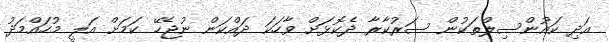
އަދި ކައުންސިލްތަކުން ސަރުކާރާ ދެކޮޅަށް ވާހަކަ ދައްކަން ނުޖެހޭ ކަމަށް އަލީ މުހައްމަދު